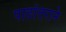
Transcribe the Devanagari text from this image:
पाठांतराने